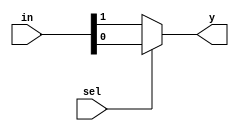
module mux2x1(input [1:0]in,
		input sel,
		output reg  y);
always @(in or sel)
begin 
y <= sel?in[0]:in[1];
end
endmodule